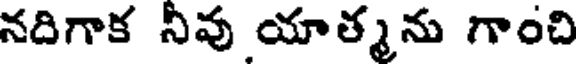
నదిగాక నీవు యాత్మను గాంచి